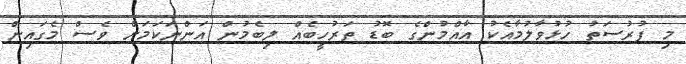
މި ފުރުސަތު ހުޅުވާލުމާއެކު އާއްމުންގެ ބޮޑު ތަރުހީބެއް ލިބެމުން އަންނަކަމަށް ވެސް މެގައިން